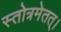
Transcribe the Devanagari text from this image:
स्तोत्रमेतत्।